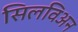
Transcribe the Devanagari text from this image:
सिलविअन